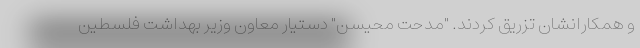
و همکارانشان تزریق کردند. "مدحت محیسن" دستیار معاون وزیر بهداشت فلسطین